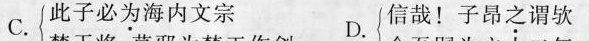
C.此子必为海内文宗 信哉！子昂之谓欤